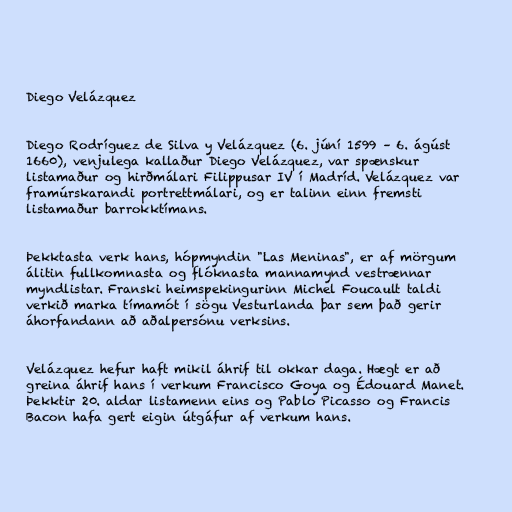
Diego Velázquez

Diego Rodríguez de Silva y Velázquez (6. júní 1599 – 6. ágúst
1660), venjulega kallaður Diego Velázquez, var spænskur
listamaður og hirðmálari Filippusar IV í Madríd. Velázquez var
framúrskarandi portrettmálari, og er talinn einn fremsti
listamaður barrokktímans.

Þekktasta verk hans, hópmyndin "Las Meninas", er af mörgum
álitin fullkomnasta og flóknasta mannamynd vestrænnar
myndlistar. Franski heimspekingurinn Michel Foucault taldi
verkið marka tímamót í sögu Vesturlanda þar sem það gerir
áhorfandann að aðalpersónu verksins.

Velázquez hefur haft mikil áhrif til okkar daga. Hægt er að
greina áhrif hans í verkum Francisco Goya og Édouard Manet.
Þekktir 20. aldar listamenn eins og Pablo Picasso og Francis
Bacon hafa gert eigin útgáfur af verkum hans.